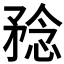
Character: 𥍵